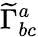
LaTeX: {\widetilde{\Gamma}}_{bc}^{a}